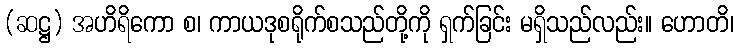
(ဆဋ္ဌ) အဟိရိကော စ၊ ကာယဒုစရိုက်စသည်တို့ကို ရှက်ခြင်း မရှိသည်လည်း။ ဟောတိ၊